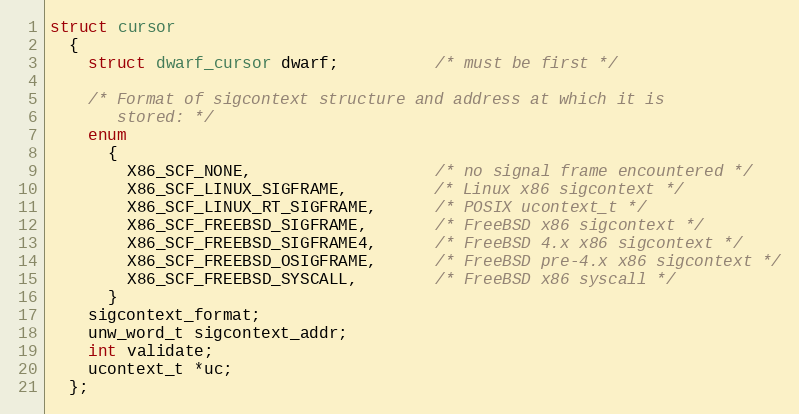
Language: C
struct cursor
  {
    struct dwarf_cursor dwarf;          /* must be first */

    /* Format of sigcontext structure and address at which it is
       stored: */
    enum
      {
        X86_SCF_NONE,                   /* no signal frame encountered */
        X86_SCF_LINUX_SIGFRAME,         /* Linux x86 sigcontext */
        X86_SCF_LINUX_RT_SIGFRAME,      /* POSIX ucontext_t */
        X86_SCF_FREEBSD_SIGFRAME,       /* FreeBSD x86 sigcontext */
        X86_SCF_FREEBSD_SIGFRAME4,      /* FreeBSD 4.x x86 sigcontext */
        X86_SCF_FREEBSD_OSIGFRAME,      /* FreeBSD pre-4.x x86 sigcontext */
        X86_SCF_FREEBSD_SYSCALL,        /* FreeBSD x86 syscall */
      }
    sigcontext_format;
    unw_word_t sigcontext_addr;
    int validate;
    ucontext_t *uc;
  };